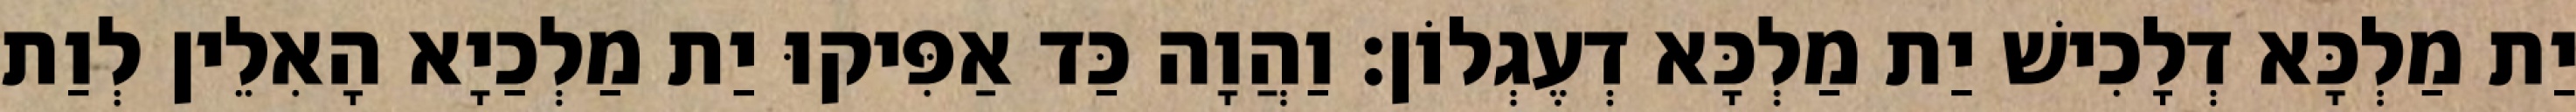
יַת מַלְכָּא דְלָכִישׁ יַת מַלְכָּא דְעֶגְלוֹן׃ וַהֲוָה כַּד אַפִּיקוּ יַת מַלְכַיָא הָאִלֵין לְוַת